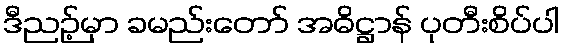
ဒီညဉ့်မှာ ခမည်းတော် အဓိဋ္ဌာန် ပုတီးစိပ်ပါ